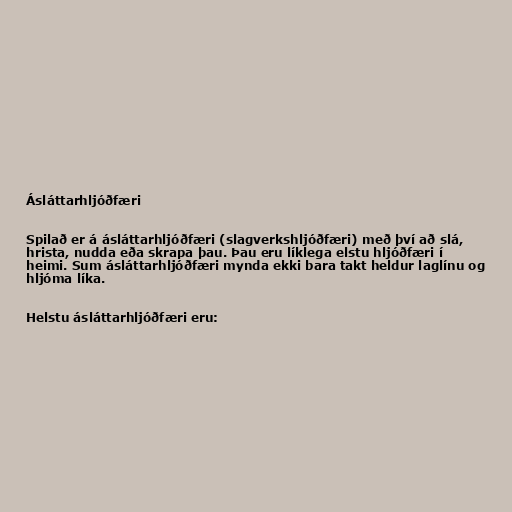
Ásláttarhljóðfæri

Spilað er á ásláttarhljóðfæri (slagverkshljóðfæri) með því að slá,
hrista, nudda eða skrapa þau. Þau eru líklega elstu hljóðfæri í
heimi. Sum ásláttarhljóðfæri mynda ekki bara takt heldur laglínu og
hljóma líka.

Helstu ásláttarhljóðfæri eru: